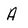
Character: A